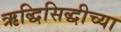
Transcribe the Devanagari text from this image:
ऋद्धिसिद्धीच्या